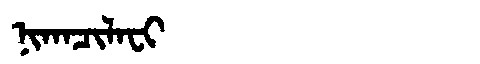
Manchu: ᠨᡳᡴᠠᠴᡳᠯᠠᠸᡳ
Romanization: NIKACILAFI